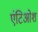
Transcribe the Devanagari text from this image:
एंटिओश